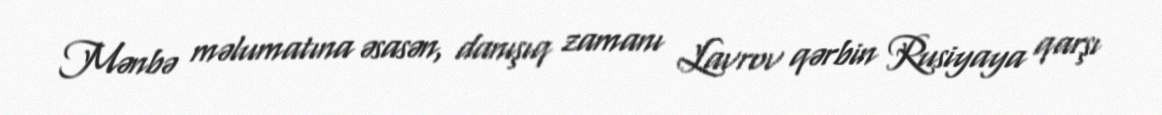
Mənbə məlumatına əsasən, danışıq zamanı Lavrov qərbin Rusiyaya qarşı